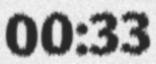
00:33